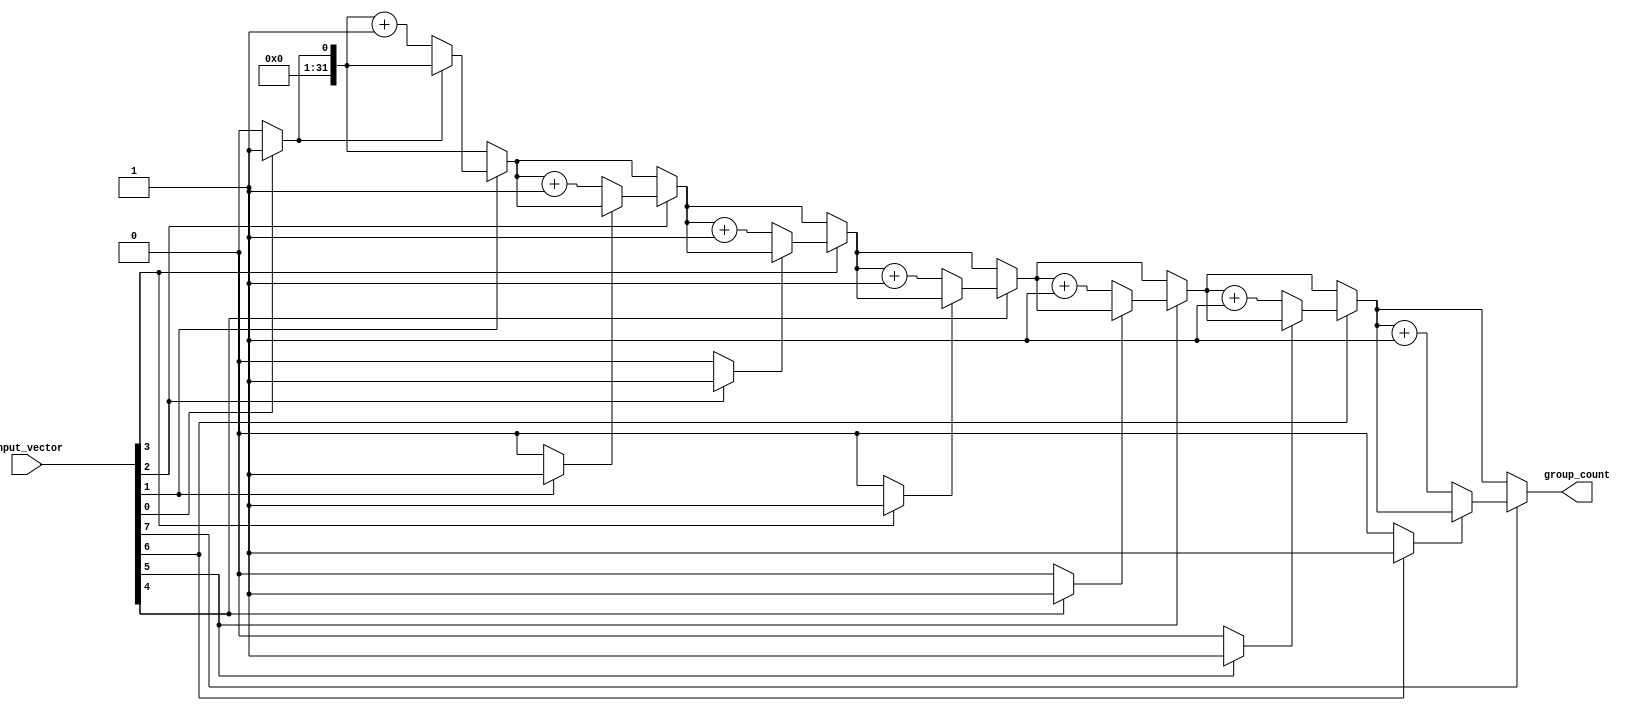
module group_of_ones #(parameter N = 8) (
    input  wire [N-1:0] input_vector,
    output reg  [31:0]  group_count
);

    integer i;
    reg in_group;

    always @(*) begin
        group_count = 0;  // Initialize group_count to zero
        in_group = 0;     // Initialize in_group flag

        // Iterate through the input_vector from LSB to MSB
        for (i = 0; i < N; i = i + 1) begin
            if (input_vector[i] == 1'b1) begin
                // If current bit is '1' and not already in a group
                if (!in_group) begin
                    group_count = group_count + 1; // Increment group count
                    in_group = 1;                  // Set flag to true
                end
            end else begin
                // If current bit is '0', reset in_group
                in_group = 0;  // End of any ongoing group
            end
        end
    end

endmodule